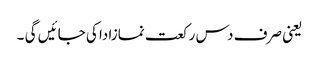
یعنی صرف دس رکعت نمازادا کی جائیں گی ۔